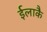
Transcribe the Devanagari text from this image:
ईलाकै